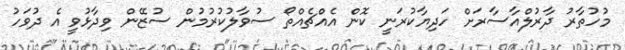
މުހުތާރު ދާރުލްއާސާރަށް ހަދިޔާކުރަނީ ކޮން އެއްޗެއްތޯ ސުވާލުކުރުމުން ސުޒޭން ވިދާޅުވީ އެ ދުވަހު